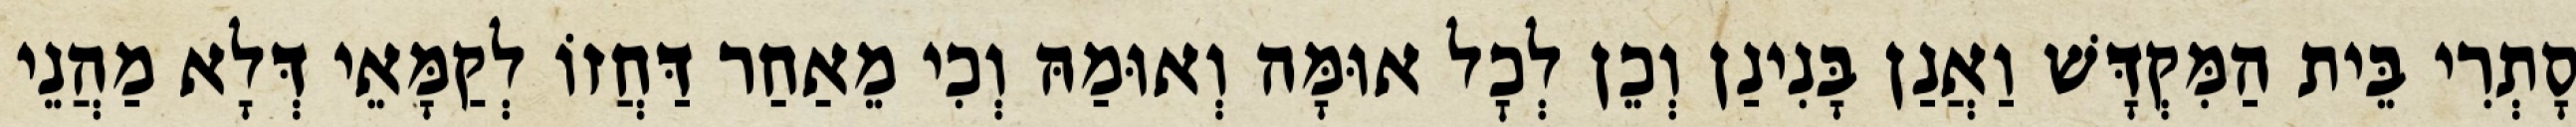
סָתְרִי בֵּית הַמִּקְדָּשׁ וַאֲנַן בָּנִינַן וְכֵן לְכׇל אוּמָּה וְאוּמַהּ וְכִי מֵאַחַר דַּחֲזוֹ לְקַמָּאֵי דְּלָא מַהֲנֵי